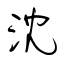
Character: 沈